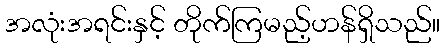
အလုံးအရင်းနှင့် တိုက်ကြမည့်ဟန်ရှိသည်။